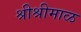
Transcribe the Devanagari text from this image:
श्रीश्रीमाळ